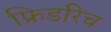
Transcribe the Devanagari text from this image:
फ्रिडरिच